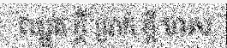
ឈ្នួត ក្តី ប្រាក់ ក្តី មាស